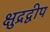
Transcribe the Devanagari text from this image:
क्षुद्रद्वीप